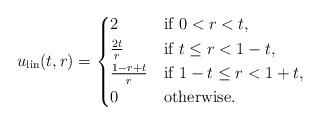
LaTeX: \begin{align*} u_\mathrm{lin}(t, r) = \begin{cases*} 2 & if $0 < r < t$, \\ \frac{2t}{r} & if $t \leq r < 1-t$, \\ \frac{1-r+t}{r} & if $1-t \leq r < 1+t$, \\ 0 & otherwise. \end{cases*} \end{align*}